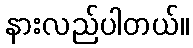
နားလည်ပါတယ်။